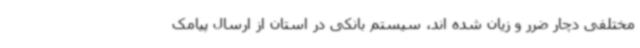
مختلفی دچار ضرر و زیان شده اند، سیستم بانکی در استان از ارسال پیامک